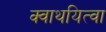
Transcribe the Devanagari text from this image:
क्वाथयित्वा